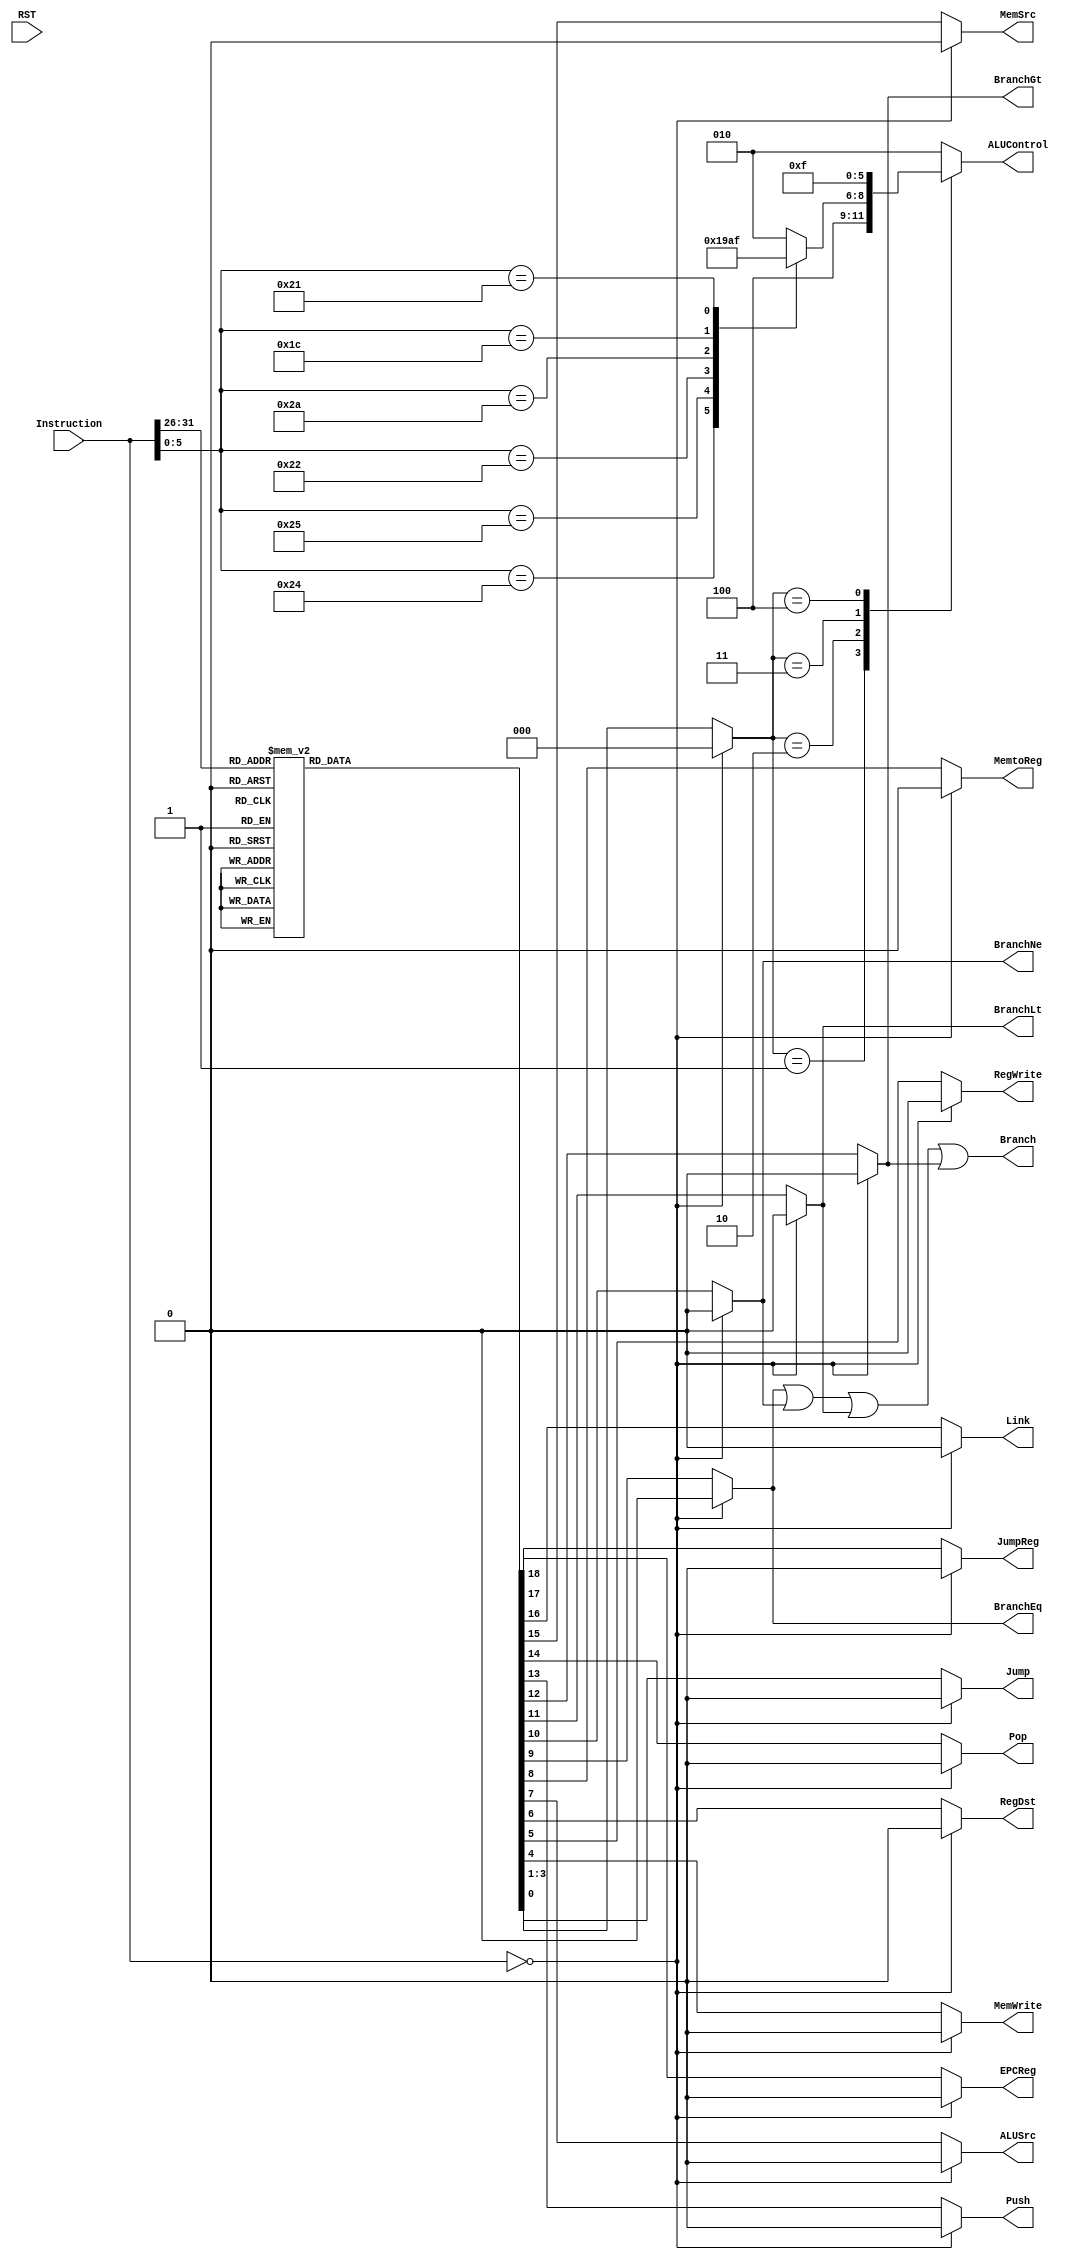
module ControlUnit
(
    input   wire    [31:0]  Instruction,
    input   wire            RST,

    /*Stach signals */
    output  reg             Push,
    output  reg             Pop,
    output  reg             MemSrc,
/**********************/
    output  reg             RegWrite,
    output  reg             MemtoReg,
    output  reg             MemWrite,
    output  reg     [2:0]   ALUControl,
    output  reg             ALUSrc,
    output  reg             RegDst,
    output  reg             Branch,
    output  reg             BranchEq,
    output  reg             BranchNe,
    output  reg             BranchLt,
    output  reg             BranchGt,
    output  reg             Jump,
    output  reg             Link,
    output  reg             JumpReg,
    output  reg             EPCReg
);

    localparam  rType           = 6'b00_0000;
    localparam  loadWord        = 6'b10_0011;
    localparam  storeWord       = 6'b10_1011;
    localparam  addImmediate    = 6'b00_1000;
    localparam  orImmediate     = 6'b00_1100;
    localparam  loadUpperImm    = 6'b00_1001;
    localparam  branchIfEqual   = 6'b00_0100;
    localparam  branchNotEqual  = 6'b00_0101;
    localparam  branchLessThan  = 6'b00_0110;
    localparam  branchGreatThan = 6'b00_0111;
    localparam  jump_inst       = 6'b00_0010;
    localparam  pushStack       = 6'b10_0000;
    localparam  popStack        = 6'b10_1000;
    localparam  jump_link       = 6'b00_0011;
    localparam  jump_register   = 6'b00_0001;
    localparam  jump_EPC        = 6'b01_0001;

    localparam  AND =   6'b10_0100;
    localparam  OR  =   6'b10_0101;
    localparam  ADD =   6'b10_0000;
    localparam  SUB =   6'b10_0010;
    localparam  SLT =   6'b10_1010;
    localparam  MUL =   6'b01_1100;
    localparam  LU  =   6'b10_0001;


    localparam ALU_AND  = 3'b000;
    localparam ALU_OR   = 3'b001;
    localparam ALU_PLS  = 3'b010;
    localparam ALU_MIN  = 3'b100;
    localparam ALU_MUL  = 3'b101;
    localparam ALU_SLT  = 3'b110;
    localparam ALU_LU   = 3'b111;


    reg     [2:0]   ALUOp;
    wire    [5:0]   OpCode;
    wire    [5:0]   Funct;

    

    assign  OpCode  =   Instruction [31 : 26];
    assign  Funct   =   Instruction [5 : 0];

    
    always @(*) begin
        Branch  =   BranchEq | BranchNe | BranchLt | BranchGt;
    end

    always @(*) 
        begin
            if(Instruction == 0)
                begin
                    Jump        =   1'b0; 
                    ALUOp       =   2'b00;
                    MemWrite    =   1'b0;
                    RegWrite    =   1'b0;
                    RegDst      =   1'b0;
                    ALUSrc      =   1'b0;
                    MemtoReg    =   1'b0;
                    BranchEq    =   1'b0;
                    BranchNe    =   1'b0;
                    BranchLt    =   1'b0;
                    BranchGt    =   1'b0;
                    Push        =   1'b0;
                    Pop         =   1'b0;
                    MemSrc      =   1'b0;
                    Link        =   1'b0;
                    JumpReg     =   1'b0;
                    EPCReg      =   1'b0;
                end
            else begin
                case (OpCode)
                    rType :
                        begin
                            Jump        =   1'b0; 
                            ALUOp       =   2'b10;
                            MemWrite    =   1'b0;
                            RegWrite    =   1'b1;
                            RegDst      =   1'b1;
                            ALUSrc      =   1'b0;
                            MemtoReg    =   1'b0;
                            BranchEq    =   1'b0;
                            BranchNe    =   1'b0;
                            BranchLt    =   1'b0;
                            BranchGt    =   1'b0;
                            Push        =   1'b0;
                            Pop         =   1'b0;
                            MemSrc      =   1'b0;
                            Link        =   1'b0;
                            JumpReg     =   1'b0;
                            EPCReg      =   1'b0;
                        end
                    loadWord :
                        begin
                            Jump        =   1'b0; 
                            ALUOp       =   2'b00;
                            MemWrite    =   1'b0;
                            RegWrite    =   1'b1;
                            RegDst      =   1'b0;
                            ALUSrc      =   1'b1;
                            MemtoReg    =   1'b1;
                            BranchEq    =   1'b0;
                            BranchNe    =   1'b0;
                            BranchLt    =   1'b0;
                            BranchGt    =   1'b0;
                            Push        =   1'b0;
                            Pop         =   1'b0;
                            MemSrc      =   1'b1;
                            Link        =   1'b0;
                            JumpReg     =   1'b0;
                            EPCReg      =   1'b0;
                        end
                    pushStack:
                        begin
                            Jump        =   1'b0; 
                            ALUOp       =   2'b00;
                            MemWrite    =   1'b0;
                            RegWrite    =   1'b1;
                            RegDst      =   1'b0;
                            ALUSrc      =   1'b1;
                            MemtoReg    =   1'b1;
                            BranchEq    =   1'b0;
                            BranchNe    =   1'b0;
                            BranchLt    =   1'b0;
                            BranchGt    =   1'b0;
                            Push        =   1'b1;
                            Pop         =   1'b0;
                            MemSrc      =   1'b0;
                            Link        =   1'b0;
                            JumpReg     =   1'b0;
                            EPCReg      =   1'b0;
                        end
                    storeWord :
                        begin
                            Jump        =   1'b0; 
                            ALUOp       =   2'b00;
                            MemWrite    =   1'b1;
                            RegWrite    =   1'b0;
                            RegDst      =   1'b0;
                            ALUSrc      =   1'b1;
                            MemtoReg    =   1'b0;
                            BranchEq    =   1'b0;
                            BranchNe    =   1'b0;
                            BranchLt    =   1'b0;
                            BranchGt    =   1'b0;
                            Push        =   1'b0;
                            Pop         =   1'b0;
                            MemSrc      =   1'b0;
                            Link        =   1'b0;
                            JumpReg     =   1'b0;
                            EPCReg      =   1'b0;
                        end
                    popStack:
                        begin
                            Jump        =   1'b0; 
                            ALUOp       =   2'b00;
                            MemWrite    =   1'b0;
                            RegWrite    =   1'b0;
                            RegDst      =   1'b0;
                            ALUSrc      =   1'b1;
                            MemtoReg    =   1'b0;
                            BranchEq    =   1'b0;
                            BranchNe    =   1'b0;
                            BranchLt    =   1'b0;
                            BranchGt    =   1'b0;
                            Push        =   1'b0;
                            Pop         =   1'b1;
                            MemSrc      =   1'b0;
                            Link        =   1'b0;
                            JumpReg     =   1'b0;
                            EPCReg      =   1'b0;
                        end
                    addImmediate :
                        begin
                            Jump        =   1'b0; 
                            ALUOp       =   2'b00;
                            MemWrite    =   1'b0;
                            RegWrite    =   1'b1;
                            RegDst      =   1'b0;
                            ALUSrc      =   1'b1;
                            MemtoReg    =   1'b0;
                            BranchEq    =   1'b0;
                            BranchNe    =   1'b0;
                            BranchLt    =   1'b0;
                            BranchGt    =   1'b0;
                            Push        =   1'b0;
                            Pop         =   1'b0;
                            MemSrc      =   1'b0;
                            Link        =   1'b0;
                            JumpReg     =   1'b0;
                            EPCReg      =   1'b0;
                        end
                    orImmediate :
                        begin
                            Jump        =   1'b0; 
                            ALUOp       =   2'b11;
                            MemWrite    =   1'b0;
                            RegWrite    =   1'b1;
                            RegDst      =   1'b0;
                            ALUSrc      =   1'b1;
                            MemtoReg    =   1'b0;
                            BranchEq    =   1'b0;
                            BranchNe    =   1'b0;
                            BranchLt    =   1'b0;
                            BranchGt    =   1'b0;
                            Push        =   1'b0;
                            Pop         =   1'b0;
                            MemSrc      =   1'b0;
                            Link        =   1'b0;
                            JumpReg     =   1'b0;
                            EPCReg      =   1'b0;
                        end
                    loadUpperImm :
                        begin
                            Jump        =   1'b0; 
                            ALUOp       =   3'b100;
                            MemWrite    =   1'b0;
                            RegWrite    =   1'b1;
                            RegDst      =   1'b0;
                            ALUSrc      =   1'b1;
                            MemtoReg    =   1'b0;
                            BranchEq    =   1'b0;
                            BranchNe    =   1'b0;
                            BranchLt    =   1'b0;
                            BranchGt    =   1'b0;
                            Push        =   1'b0;
                            Pop         =   1'b0;
                            MemSrc      =   1'b0;
                            Link        =   1'b0;
                            JumpReg     =   1'b0;
                            EPCReg      =   1'b0;
                        end
                    branchIfEqual :
                        begin
                            Jump        =   1'b0; 
                            ALUOp       =   2'b01;
                            MemWrite    =   1'b0;
                            RegWrite    =   1'b0;
                            RegDst      =   1'b0;
                            ALUSrc      =   1'b0;
                            MemtoReg    =   1'b0;
                            BranchEq    =   1'b1;
                            BranchNe    =   1'b0;
                            BranchLt    =   1'b0;
                            BranchGt    =   1'b0;
                            Push        =   1'b0;
                            Pop         =   1'b0;
                            MemSrc      =   1'b0;
                            Link        =   1'b0;
                            JumpReg     =   1'b0;
                            EPCReg      =   1'b0;
                        end
                    branchNotEqual :
                        begin
                            Jump        =   1'b0; 
                            ALUOp       =   2'b01;
                            MemWrite    =   1'b0;
                            RegWrite    =   1'b0;
                            RegDst      =   1'b0;
                            ALUSrc      =   1'b0;
                            MemtoReg    =   1'b0;
                            BranchEq    =   1'b0;
                            BranchNe    =   1'b1;
                            BranchLt    =   1'b0;
                            BranchGt    =   1'b0;
                            Push        =   1'b0;
                            Pop         =   1'b0;
                            MemSrc      =   1'b0;
                            Link        =   1'b0;
                            JumpReg     =   1'b0;
                            EPCReg      =   1'b0;
                        end
                    branchLessThan :
                        begin
                            Jump        =   1'b0; 
                            ALUOp       =   2'b01;
                            MemWrite    =   1'b0;
                            RegWrite    =   1'b0;
                            RegDst      =   1'b0;
                            ALUSrc      =   1'b0;
                            MemtoReg    =   1'b0;
                            BranchEq    =   1'b0;
                            BranchNe    =   1'b0;
                            BranchLt    =   1'b1;
                            BranchGt    =   1'b0;
                            Push        =   1'b0;
                            Pop         =   1'b0;
                            MemSrc      =   1'b0;
                            Link        =   1'b0;
                            JumpReg     =   1'b0;
                            EPCReg      =   1'b0;
                        end
                    branchGreatThan :
                        begin
                            Jump        =   1'b0; 
                            ALUOp       =   2'b01;
                            MemWrite    =   1'b0;
                            RegWrite    =   1'b0;
                            RegDst      =   1'b0;
                            ALUSrc      =   1'b0;
                            MemtoReg    =   1'b0;
                            BranchEq    =   1'b0;
                            BranchNe    =   1'b0;
                            BranchLt    =   1'b0;
                            BranchGt    =   1'b1;
                            Push        =   1'b0;
                            Pop         =   1'b0;
                            MemSrc      =   1'b0;
                            Link        =   1'b0;
                            JumpReg     =   1'b0;
                            EPCReg      =   1'b0;
                        end
                    jump_inst :
                        begin
                            Jump        =   1'b1; 
                            ALUOp       =   2'b00;
                            MemWrite    =   1'b0;
                            RegWrite    =   1'b0;
                            RegDst      =   1'b0;
                            ALUSrc      =   1'b0;
                            MemtoReg    =   1'b0;
                            BranchEq    =   1'b0;
                            BranchNe    =   1'b0;
                            BranchLt    =   1'b0;
                            BranchGt    =   1'b0;
                            Push        =   1'b0;
                            Pop         =   1'b0;
                            MemSrc      =   1'b0;
                            Link        =   1'b0;
                            JumpReg     =   1'b0;
                            EPCReg      =   1'b0;
                        end
                    jump_link :
                        begin
                            Jump        =   1'b1; 
                            ALUOp       =   2'b00;
                            MemWrite    =   1'b0;
                            RegWrite    =   1'b0;
                            RegDst      =   1'b0;
                            ALUSrc      =   1'b0;
                            MemtoReg    =   1'b0;
                            BranchEq    =   1'b0;
                            BranchNe    =   1'b0;
                            BranchLt    =   1'b0;
                            BranchGt    =   1'b0;
                            Push        =   1'b0;
                            Pop         =   1'b0;
                            MemSrc      =   1'b0;
                            Link        =   1'b1;
                            JumpReg     =   1'b0;
                            EPCReg      =   1'b0;
                        end
                    jump_register :
                        begin
                            Jump        =   1'b1; 
                            ALUOp       =   2'b00;
                            MemWrite    =   1'b0;
                            RegWrite    =   1'b0;
                            RegDst      =   1'b0;
                            ALUSrc      =   1'b0;
                            MemtoReg    =   1'b0;
                            BranchEq    =   1'b0;
                            BranchNe    =   1'b0;
                            BranchLt    =   1'b0;
                            BranchGt    =   1'b0;
                            Push        =   1'b0;
                            Pop         =   1'b0;
                            MemSrc      =   1'b0;
                            Link        =   1'b0;
                            JumpReg     =   1'b1;
                            EPCReg      =   1'b0;
                        end
                    jump_EPC :
                        begin
                            Jump        =   1'b1; 
                            ALUOp       =   2'b00;
                            MemWrite    =   1'b0;
                            RegWrite    =   1'b0;
                            RegDst      =   1'b0;
                            ALUSrc      =   1'b0;
                            MemtoReg    =   1'b0;
                            BranchEq    =   1'b0;
                            BranchNe    =   1'b0;
                            BranchLt    =   1'b0;
                            BranchGt    =   1'b0;
                            Push        =   1'b0;
                            Pop         =   1'b0;
                            MemSrc      =   1'b0;
                            Link        =   1'b0;
                            JumpReg     =   1'b1;
                            EPCReg      =   1'b1;
                        end
                    default : 
                        begin
                            Jump        =   1'b0; 
                            ALUOp       =   2'b00;
                            MemWrite    =   1'b0;
                            RegWrite    =   1'b0;
                            RegDst      =   1'b0;
                            ALUSrc      =   1'b0;
                            MemtoReg    =   1'b0;
                            BranchEq    =   1'b0;
                            BranchNe    =   1'b0;
                            BranchLt    =   1'b0;
                            BranchGt    =   1'b0;
                            Push        =   1'b0;
                            Pop         =   1'b0;
                            MemSrc      =   1'b0;
                            Link        =   1'b0;
                            JumpReg     =   1'b0;
                            EPCReg      =   1'b0;
                        end  
                endcase
            end
            
        end
    
    always @(*) 
        begin
           case (ALUOp)
               3'b000    :   ALUControl  =   ALU_PLS;
               3'b001    :   ALUControl  =   ALU_MIN; 
               3'b010    :   
                    begin       //adding the reset of ALU control signals
                        case (Funct)
                            AND :       ALUControl  =  ALU_AND  ;
                            OR  :       ALUControl  =  ALU_OR   ;
                            ADD :       ALUControl  =  ALU_PLS  ;
                            SUB :       ALUControl  =  ALU_MIN  ;
                            SLT :       ALUControl  =  ALU_SLT  ;
                            MUL :       ALUControl  =  ALU_MUL  ;
                            LU  :       ALUControl  =  ALU_LU   ;
                            default:    ALUControl  =  ALU_PLS  ;
                        endcase
                    end
                3'b011  :   ALUControl  =   ALU_OR;
                3'b100  :   ALUControl  =   ALU_LU;
               default  :   ALUControl  =   ALU_PLS;
           endcase  
        end
    


endmodule